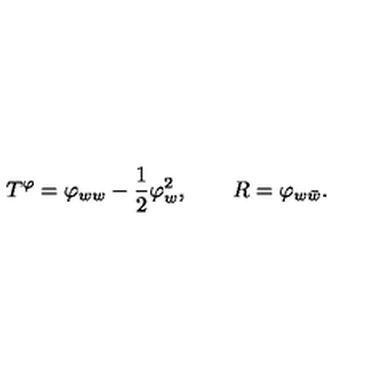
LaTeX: T ^ { \varphi } = \varphi _ { w w } - { \frac { 1 } { 2 } } \varphi _ { w } ^ { 2 } , \qquad R = \varphi _ { w \bar { w } } .